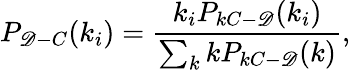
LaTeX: P_{\mathscr{D}-C}(k_{i})=\frac{{k_{i}P_{kC-\mathscr{D}}(k_{i})}}{{\sum_{k}kP_{kC-\mathscr{D}}(k)}},